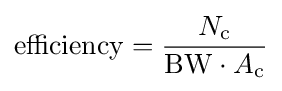
\mathrm {efficiency} ={\frac {N_{\mathrm {c} }}{\mathrm {BW} \cdot A_{\mathrm {c} }}}